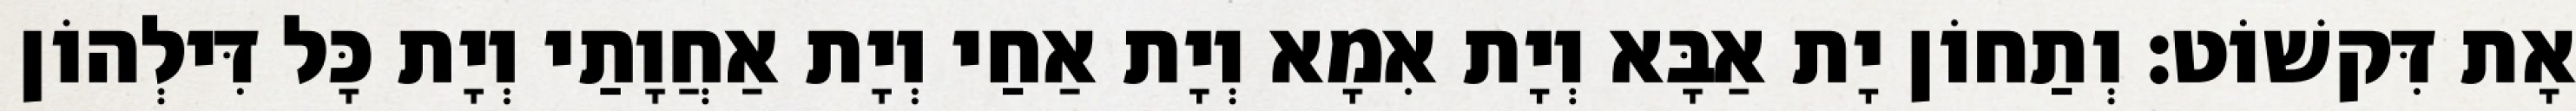
אָת דִּקשׁוֹט׃ וְתַחוֹן יָת אַבָּא וְיָת אִמָא וְיָת אַחַי וְיָת אַחֲוָתַי וְיָת כָּל דִּילְהוֹן